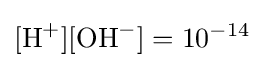
[{\ce {H+}}][{\ce {OH-}}]=10^{-14}